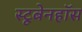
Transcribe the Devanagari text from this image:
स्टूबेनहॉस